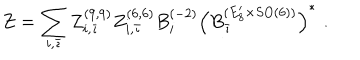
Z = \sum _ { i , \bar { \imath } } Z _ { i , \bar { \imath } } ^ { ( 9 , 9 ) } Z _ { i , \bar { \imath } } ^ { ( 6 , 6 ) } B _ { i } ^ { ( - 2 ) } \left( B _ { \bar { \imath } } ^ { ( E _ { 8 } ^ { \prime } \times S O ( 6 ) ) } \right) ^ { * } \, \, .